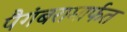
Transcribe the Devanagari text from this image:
पैगंबरामार्फत